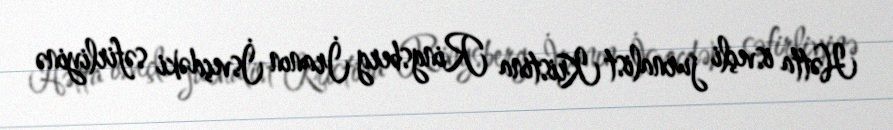
Hətta isveçli jurnalist Kristina Ringsberg İranın İsveçdəki səfirliyinə